Report of the Indian Hemp Drugs Commission, 1894-1895 - Volume I
Year: 1894
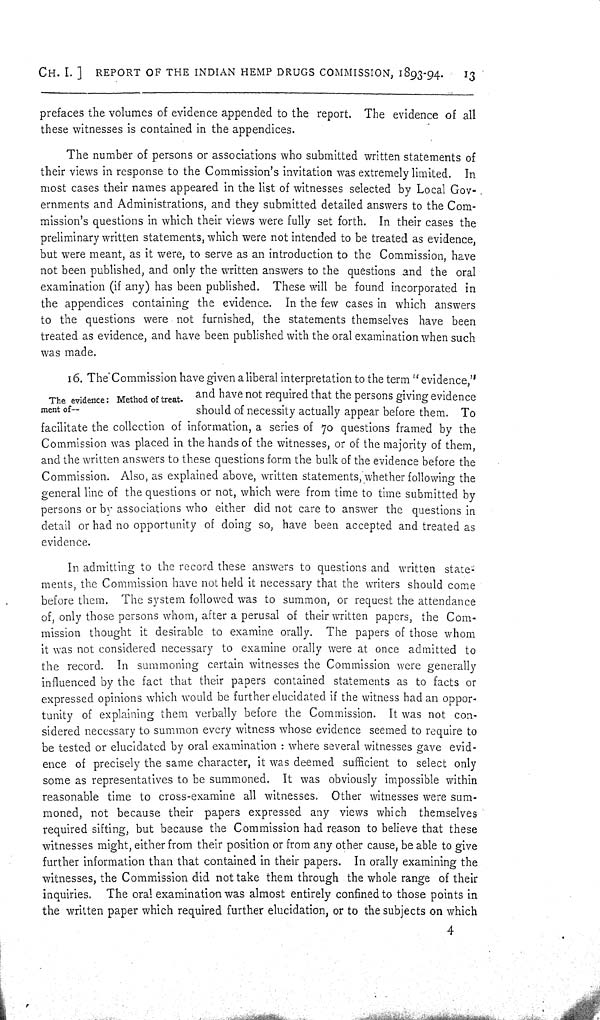
CH. I.]
REPORT OF THE INDIAN HEMP DRUGS COMMISSION, 1893-94.
13
prefaces the volumes of evidence appended to the report. The evidence of all
these witnesses is contained in the appendices.
The number of persons or associations who submitted written statements of
their views in response to the Commission's invitation was extremely limited. In
most cases their names appeared in the list of witnesses selected by Local Gov-
ernments and Administrations, and they submitted detailed answers to the Com-
mission's questions in which their views were fully set forth. In their cases the
preliminary written statements, which were not intended to be treated as evidence,
but were meant, as it were, to serve as an introduction to the Commission, have
not been published, and only the written answers to the questions and the oral
examination (if any) has been published. These will be found incorporated in
the appendices containing the evidence. In the few cases in which answers
to the questions were not furnished, the statements themselves have been
treated as evidence, and have been published with the oral examination when such
was made.
The evidence: Method of treat-
ment of—
16. The Commission have given a liberal interpretation to the term "evidence,"
and have not required that the persons giving evidence
should of necessity actually appear before them. To
facilitate the collection of information, a series of 70 questions framed by the
Commission was placed in the hands of the witnesses, or of the majority of them,
and the written answers to these questions form the bulk of the evidence before the
Commission. Also, as explained above, written statements, whether following the
general line of the questions or not, which were from time to time submitted by
persons or by associations who either did not care to answer the questions in
detail or had no opportunity of doing so, have been accepted and treated as
evidence.
In admitting to the record these answers to questions and written state-
ments, the Commission have not held it necessary that the writers should come
before them. The system followed was to summon, or request the attendance
of, only those persons whom, after a perusal of their written papers, the Com-
mission thought it desirable to examine orally. The papers of those whom
it was not considered necessary to examine orally were at once admitted to
the record. In summoning certain witnesses the Commission were generally
influenced by the fact that their papers contained statements as to facts or
expressed opinions which would be further elucidated if the witness had an oppor-
tunity of explaining them verbally before the Commission. It was not con-
sidered necessary to summon every witness whose evidence seemed to require to
be tested or elucidated by oral examination: where several witnesses gave evid-
ence of precisely the same character, it was deemed sufficient to select only
some as representatives to be summoned. It was obviously impossible within
reasonable time to cross-examine all witnesses. Other witnesses were sum-
moned, not because their papers expressed any views which themselves
required sifting, but because the Commission had reason to believe that these
witnesses might, either from their position or from any other cause, be able to give
further information than that contained in their papers. In orally examining the
witnesses, the Commission did not take them through the whole range of their
inquiries. The oral examination was almost entirely confined to those points in
the written paper which required further elucidation, or to the subjects on which
4